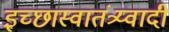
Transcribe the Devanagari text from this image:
इच्छास्वातंत्र्य्वादी